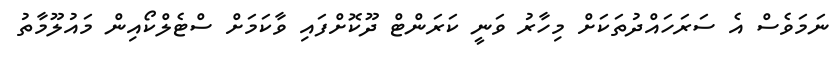
ނަމަވެސް އެ ސަރަހައްދުތަކަށް މިހާރު ވަނީ ކަރަންޓް ދޫކޮށްފައި ވާކަމަށް ސްޓެލްކޯއިން މައުލޫމާތު